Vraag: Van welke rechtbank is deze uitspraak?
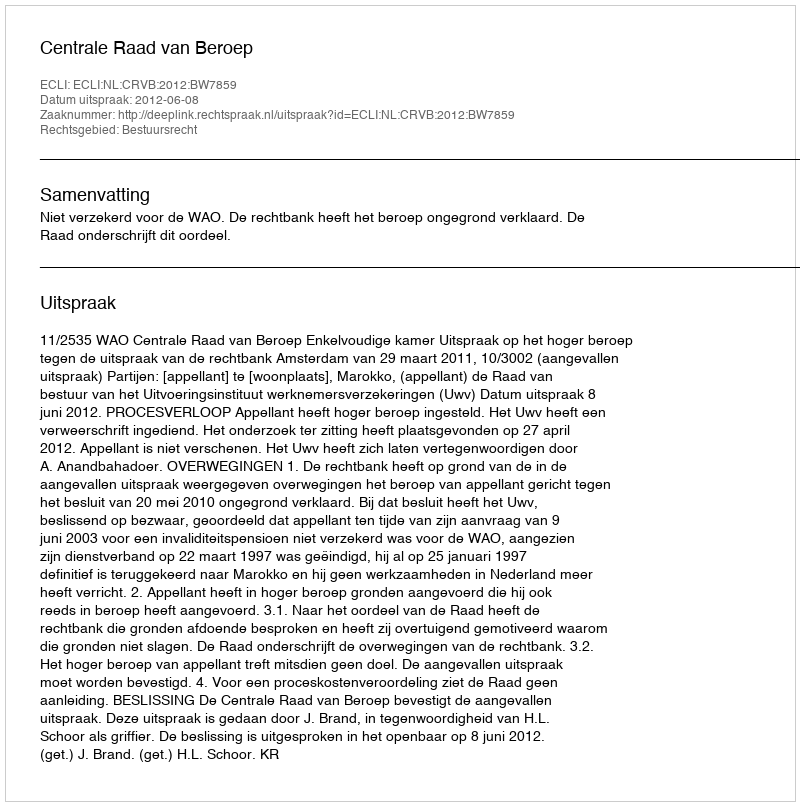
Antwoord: Centrale Raad van Beroep